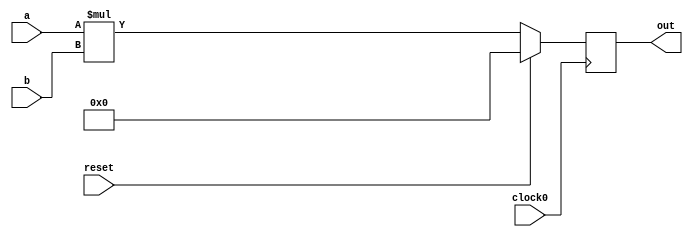
module mult_16bit_outreg (clock0, reset, out, a, b);
output wire [31:0] out;
input  [15:0] a;
input  [15:0] b;
input  clock0, reset;

reg   [31:0] z_int;

assign out = z_int[31:0];

always @(posedge clock0) begin
    if (reset) begin
      z_int <= 0;
    end else begin
      z_int <= a*b;
    end
end

    // dsp_t1_20x18x64 dsp_inst (
    //     .a_i                (a_int),
    //     .b_i                (b_int),
    //     .acc_fir_i          (6'd0),
    //     .z_o                (z_int),
    //     .dly_b_o            (),
        
    //     .clock_i            (clock0),
    //     .reset_i            (reset),

    //     .feedback_i         (3'd0),
    //     .load_acc_i         (1'b0),
    //     .unsigned_a_i       (1'b1),
    //     .unsigned_b_i       (1'b1),

    //     .output_select_i    (3'h4),
    //     .saturate_enable_i  (1'b0),
    //     .shift_right_i      (6'd0),
    //     .round_i            (1'b0),
    //     .subtract_i         (1'b0),
    //     .register_inputs_i  (1'b0)
    // );

endmodule